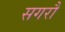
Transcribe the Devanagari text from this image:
सगरौ